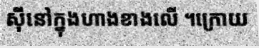
ស៊ីនៅក្នុងហាងខាងលើ ។ក្រោយ